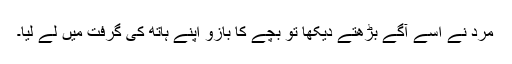
مرد نے اسے آگے بڑھتے دیکھا تو بچے کا بازو اپنے ہاتھ کی گرفت میں لے لیا۔